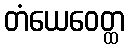
တံယေဝေတ္ထ